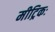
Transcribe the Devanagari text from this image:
मीट्रिकः